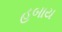
હબાય